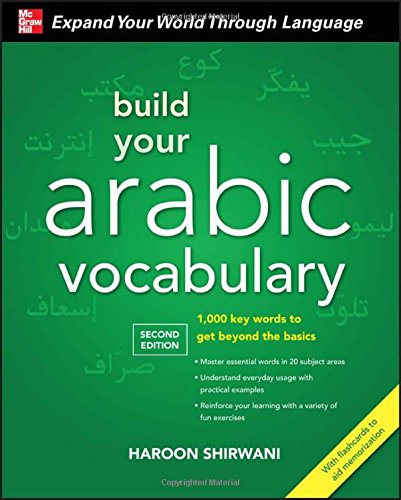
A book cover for Build Your Arabic Vocabulary with Audio CD, Second Edition; Haroon Shirwani; Travel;